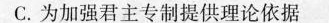
C.为加强君主专制提供理论依据